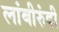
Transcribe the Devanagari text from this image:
लांबीरुंदी